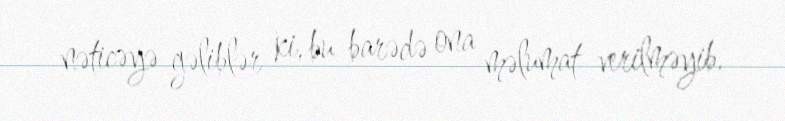
nəticəyə gəliblər ki, bu barədə ona məlumat verilməyib.